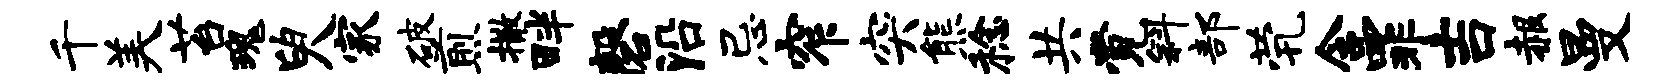
千美苔瑰臾家破煎撒畔磬沿忌窄突熊稔共觉斜部茕含罪吉赧曼